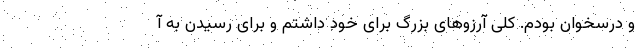
و درسخوان بودم. کلی آرزوهای بزرگ برای خود داشتم و برای رسیدن به آ